Annual administration report of the Bombay Presidency - 1887-1892
Year: 1887
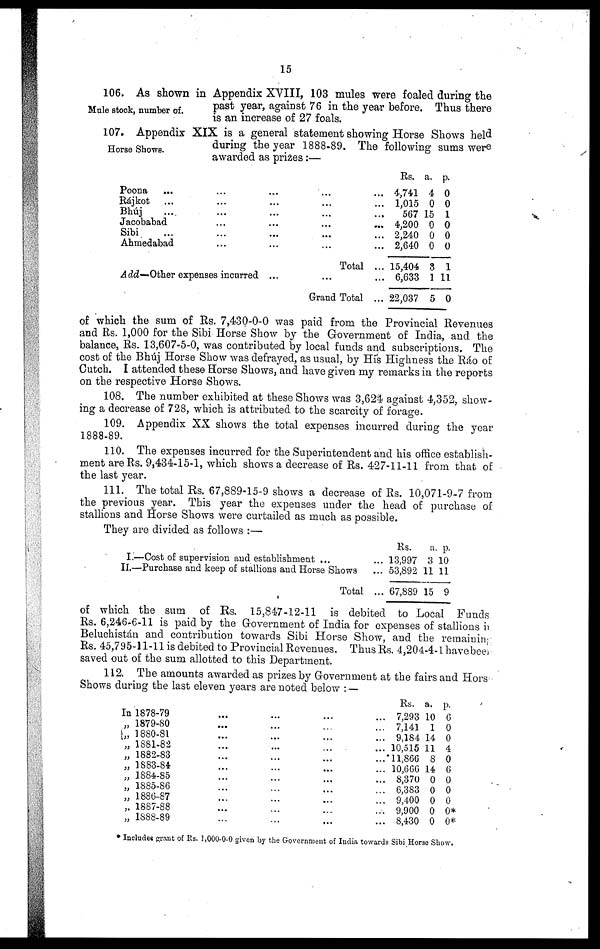
15
Mule stock, number of.
106. As shown in Appendix XVIII, 103 mules were foaled during the
past year, against 76 in the year before. Thus there
is an increase of 27 foals.
Horse Shows.
107. Appendix XIX is a general statement showing Horse Shows held
during the year 1888-89. The following sums were
awarded as prices:—
Poona
Rájkot
...
Bhúj ...
Jacobabad
Sibi ...
Ahmedabad
...
...
...
...
...
...
...
...
...
...
...
...
Add—Other expenses incurred ...
...
...
...
...
...
...
Total
...
Grand Total
...
...
...
...
...
...
...
...
Rs.
4,741
1,015
567
4,200
2,240
2,640
15,404
6,633
22,037
a.
4
0
15
0
0
0
3
1
5
p.
0
0
1
0
0
0
1
11
0
of which the sum of Rs. 7,430-0-0 was paid from the Provincial Revenues
and Rs. 1,000 for the Sibi Horse Show by the Government of India, and the
balance, Rs. 13,607-5-0, was contributed by local funds and subscriptions. The
cost of the Bhúj Horse Show was defrayed, as usual, by His Highness the Ráo of
Cutch. I attended these Horse Shows, and have given my remarks in the reports
on the respective Horse Shows.
108. The number exhibited at these Shows was 3,624 against 4,352, show-
ing a decrease of 728, which is attributed to the scarcity of forage.
109. Appendix XX shows the total expenses incurred during the year
1888-89.
110. The expenses incurred for the Superintendent and his office establish-
ment are Rs. 9,434-15-1, which shows a decrease of Rs. 427-11-11 from that of
the last year.
111. The total Rs. 67,889-15-9 shows a decrease of Rs. 10,071-9-7 from
the previous year. This year the expenses under the head of purchase of
stallions and Horse Shows were curtailed as much as possible.
They are divided as follows :—
I.—Cost of supervision and establishment ...
II.—Purchase and keep of stallions and Horse Shows
Total
Rs.
... 13,997
... 53,892
... 67,889
a.
3
11
15
p.
10
11
9
of which the sum of Rs. 15,847-12-11 is debited to Local Funds
Rs. 6,246-6-11 is paid by the Government of India for expenses of stallions in
Beluchistán and contribution towards Sibi Horse Show, and the remaining
Rs. 45,795-11-11 is debited to Provincial Revenues. Thus Rs. 4,204-4-1 have been
saved out of the sum allotted to this Department.
112. The amounts awarded as prizes by Government at the fairs and Hors
Shows during the last eleven years are noted below : —
In 1878-79
„ 1879-80
„ 1880-81
„ 1881-82
„ 1882-83
„ 1883-84
„ 1884-85
„ 1885-86
„ 1886-87
„ 1887-88
„ 1888-89
...
...
...
...
...
...
...
...
...
...
...
...
...
...
...
...
...
...
...
...
...
...
...
...
...
...
...
...
...
...
...
...
...
...
...
...
...
...
...
...
...
...
...
...
Rs.
7,293
7,141
9,184
10,515
11,866
10,666
8,370
6,383
9,400
9,900
8,430
a.
10
1
14
11
8
14
0
0
0
0
0
p.
6
0
0
4
0
6
0
0
0
0*
0*
* Includes grant of Rs. 1,000-0-0 given by the Government of India towards Sibi Horse Show.